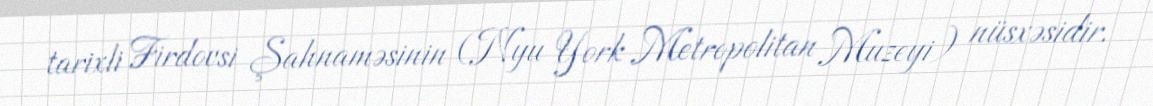
tarixli Firdovsi Şahnaməsinin (Nyu York Metropolitan Muzeyi) nüsxəsidir.